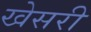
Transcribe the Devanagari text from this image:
खेसरी